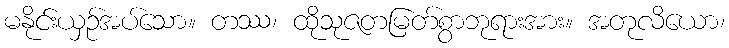
မနိုင်းယှဉ်အပ်သော။ တဿ၊ ထိုသုဇတမြတ်စွာဘုရားအား။ အတုလိယော၊